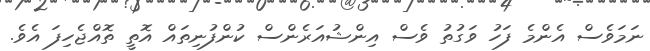
ނަމަވެސް އެންމެ ފަހު ވަގުތު ވެސް އިންޝުއަރެންސް ކުންފުނިތައް އޮތީ ތޮއްޖެހިފަ އެވެ.